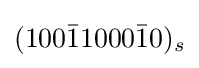
(100{\bar {1}}1000{\bar {1}}0)_{s}